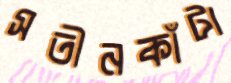
সতীনকাঁটা